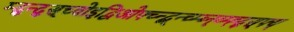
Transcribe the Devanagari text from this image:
म्द्न्द्स्च्वोइद्विओफ्च्न्द्ब्न्च्म्ब्न्व्म्ह्द्स्फ्य्